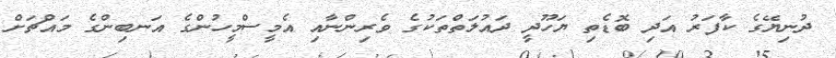
ދުނިޔޭގެ ކާފަރު އަދި ބޮޑެތި ޔަހޫދީ ދައުލަތްތަކުގެ ވެރިންނާއި އެމީސްމީހުންގެ އަނބިންގެ މައްޗަށް